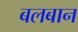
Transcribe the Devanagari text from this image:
बलबान